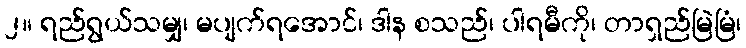
၂။ ရည်ရွယ်သမျှ၊ မပျက်ရအောင်၊ ဒါန စသည်၊ ပါရမီကို၊ တာရှည်မြဲမြံ၊